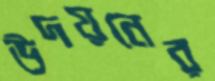
উদয়নের